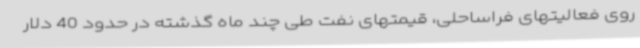
روی فعالیتهای فراساحلی، قیمتهای نفت طی چند ماه گذشته در حدود 40 دلار